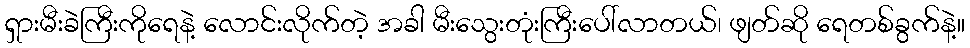
ရှားမီးခဲကြီးကိုရေနဲ့ လောင်းလိုက်တဲ့ အခါ မီးသွေးတုံးကြီးပေါ်လာတယ်၊ ဖျတ်ဆို ရေတစ်ခွက်နဲ့။